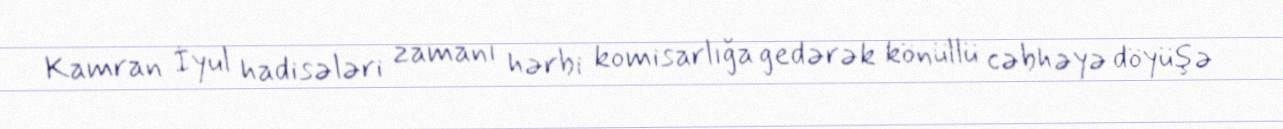
Kamran İyul hadisələri zamanı hərbi komisarlığa gedərək könüllü cəbhəyə döyüşə